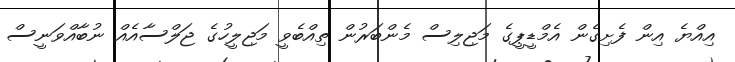
އިއްޔެ އިން ފެށިގެން އެމްޑީޕީގެ މަޖިލިސް މެންބަރުން ތިއްބެވީ މަޖިލީހުގެ ޖަލްސާއެއް ނުބާއްވަނީސް